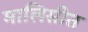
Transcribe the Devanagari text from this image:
मालिसीत